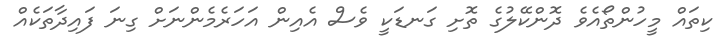
ކިތައް މީހުންތޯއެވެ ދޮންކޭލުގެ ތޮށި ގަނޑަކީ ވެސް އެއިން އަހަރެމެންނަށް ގިނަ ފައިދާތަކެއް